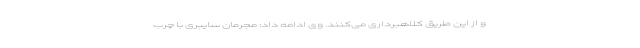
و از این طریق کلاهبرداری می‌کنند. وی ادامه داد: مجرمان سایبری با چرب